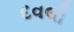
દવલી